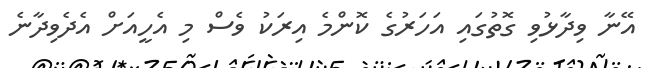
އޭނާ ވިދާޅުވި ގޮތުގައި އަހަރުގެ ކޮންމެ އިރަކު ވެސް މި އެހީއަށް އެދެވިދާނެ